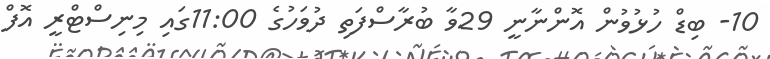
10- ބިޑް ހުޅުވުން އޮންނާނީ 29ވާ ބުރާސްފަތި ދުވަހުގެ 11:00ގައި މިނިސްޓްރީ އޮފް